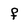
Character: f